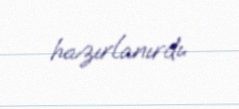
hazırlanırdı.